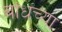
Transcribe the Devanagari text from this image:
बांधच्या